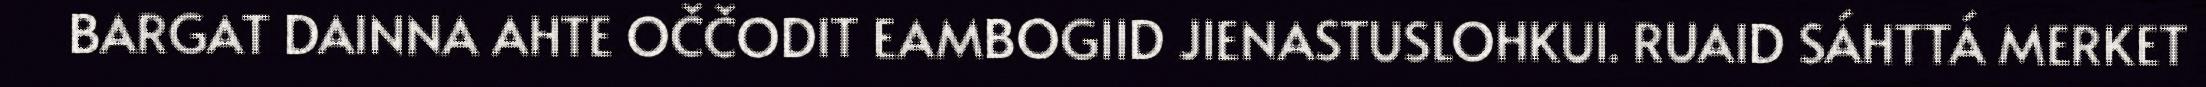
BARGAT DAINNA AHTE OČČODIT EAMBOGIID JIENASTUSLOHKUI. RUAID SÁHTTÁ MERKET